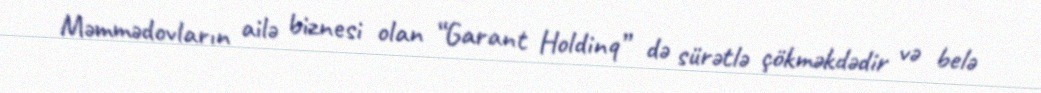
Məmmədovların ailə biznesi olan “Garant Holdinq” də sürətlə çökməkdədir və belə